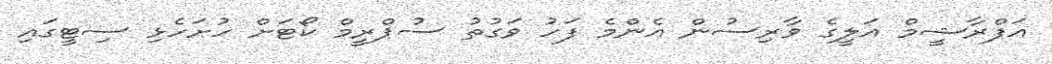
އަފްރާޝީމް އަލީގެ ވާރިސުން އެންމެ ފަހު ވަގުތު ސުޕްރީމް ކޯޓަށް ހުށަހެޅި ސިޓީގައި